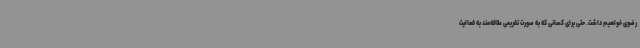
رضوی خواهیم داشت. حتی برای کسانی که به صورت تفریحی علاقه‌مند به فعالیت